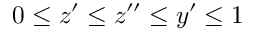
0 \leq z ^ { \prime } \leq z ^ { \prime \prime } \leq y ^ { \prime } \leq 1